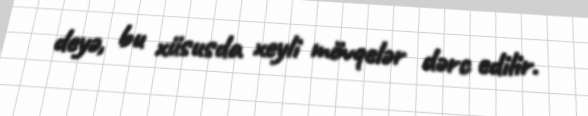
deyə, bu xüsusda xeyli mövqelər dərc edilir.